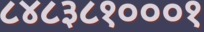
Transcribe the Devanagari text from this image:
८४८३८१०००१